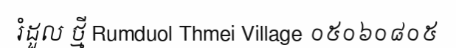
រំដួល ថ្មី Rumduol Thmei Village ០៥០៦០៨០៥